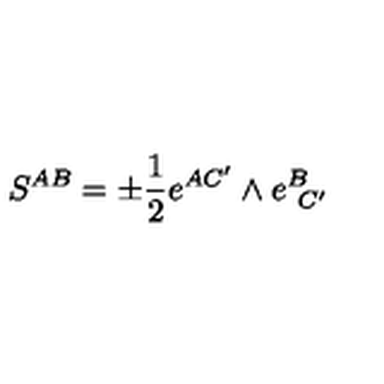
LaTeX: S ^ { A B } = \pm \frac 1 2 e ^ { A C ^ { \prime } } \wedge e _ { \ C ^ { \prime } } ^ { B } \label K